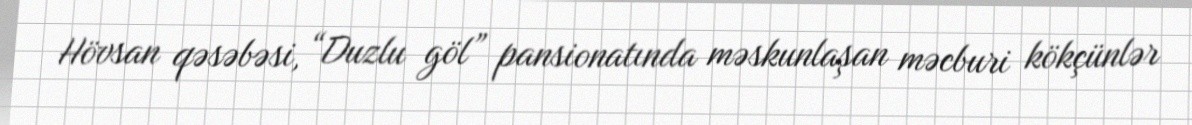
Hövsan qəsəbəsi, “Duzlu göl” pansionatında məskunlaşan məcburi kökçünlər